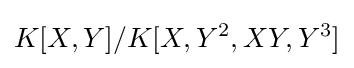
K[X,Y]/K[X,Y^{2},XY,Y^{3}]